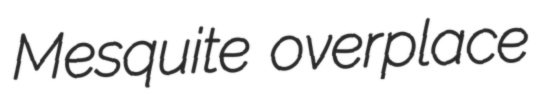
Mesquite overplace